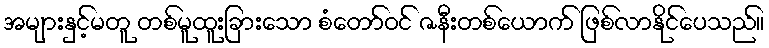
အများနှင့်မတူ တစ်မူထူးခြားသော စံတော်ဝင် ဇနီးတစ်ယောက် ဖြစ်လာနိုင်ပေသည်။